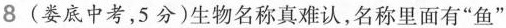
⒏ (娄底中考，5分)生物名称真难认，名称里面有“鱼”